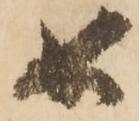
如